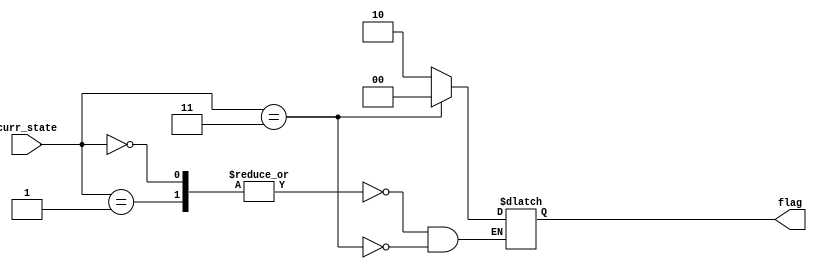
module sequential(curr_state,flag);
   input [0:1] curr_state;
   output reg[0:1] flag;
   always@(curr_state)
       begin
          case(curr_state)
            0,1 : flag =2;
            3   : flag =0;
          endcase 
       end
endmodule